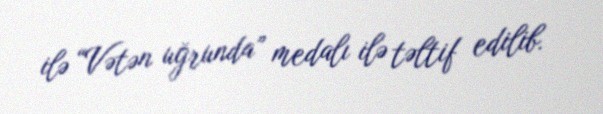
ilə “Vətən uğrunda” medalı ilə təltif edilib.